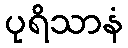
ပုရိသာနံ